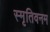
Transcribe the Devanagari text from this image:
स्मृतिवनम